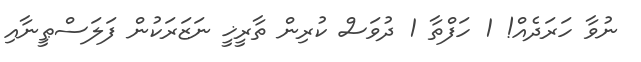
ނުވާ ހަރަދެއް! 1 ހަފްތާ 1 ދުވަސް ކުރިން ތާރީޚީ ނަޒަރަކުން ފަލަސްޠީނާއި